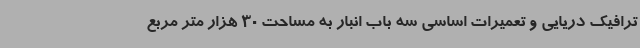
ترافیک دریایی و تعمیرات اساسی سه باب انبار به مساحت 30 هزار متر مربع